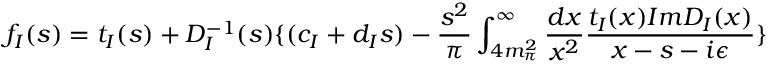
f _ { I } ( s ) = t _ { I } ( s ) + D _ { I } ^ { - 1 } ( s ) \{ ( c _ { I } + d _ { I } s ) - \frac { s ^ { 2 } } { \pi } \int _ { 4 m _ { \pi } ^ { 2 } } ^ { \infty } \frac { d x } { x ^ { 2 } } \frac { t _ { I } ( x ) I m D _ { I } ( x ) } { x - s - i \epsilon } \}